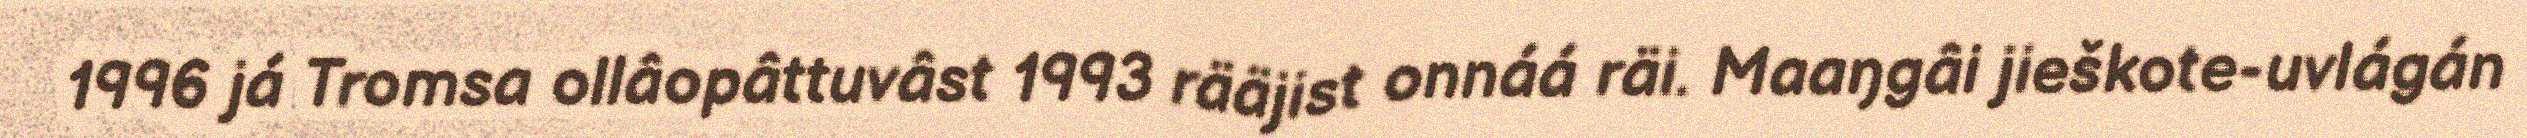
1996 já Tromsa ollâopâttuvâst 1993 rääjist onnáá räi. Maaŋgâi jieškote-uvlágán